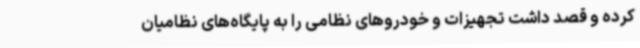
کرده و قصد داشت تجهیزات و خودروهای نظامی را به پایگاه‌های نظامیان